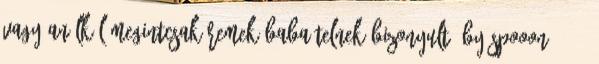
vagy anélkül megintcsak remek babaételnek bizonyult. by Spooon 1.2.3